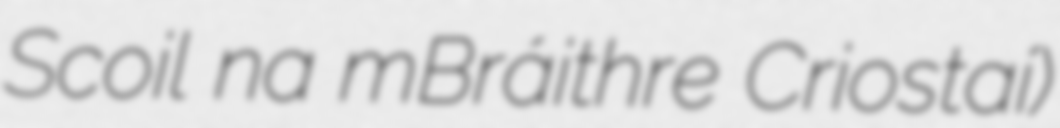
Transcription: Scoil na mBráithre Criostaí)